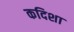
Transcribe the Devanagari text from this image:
कदिशा